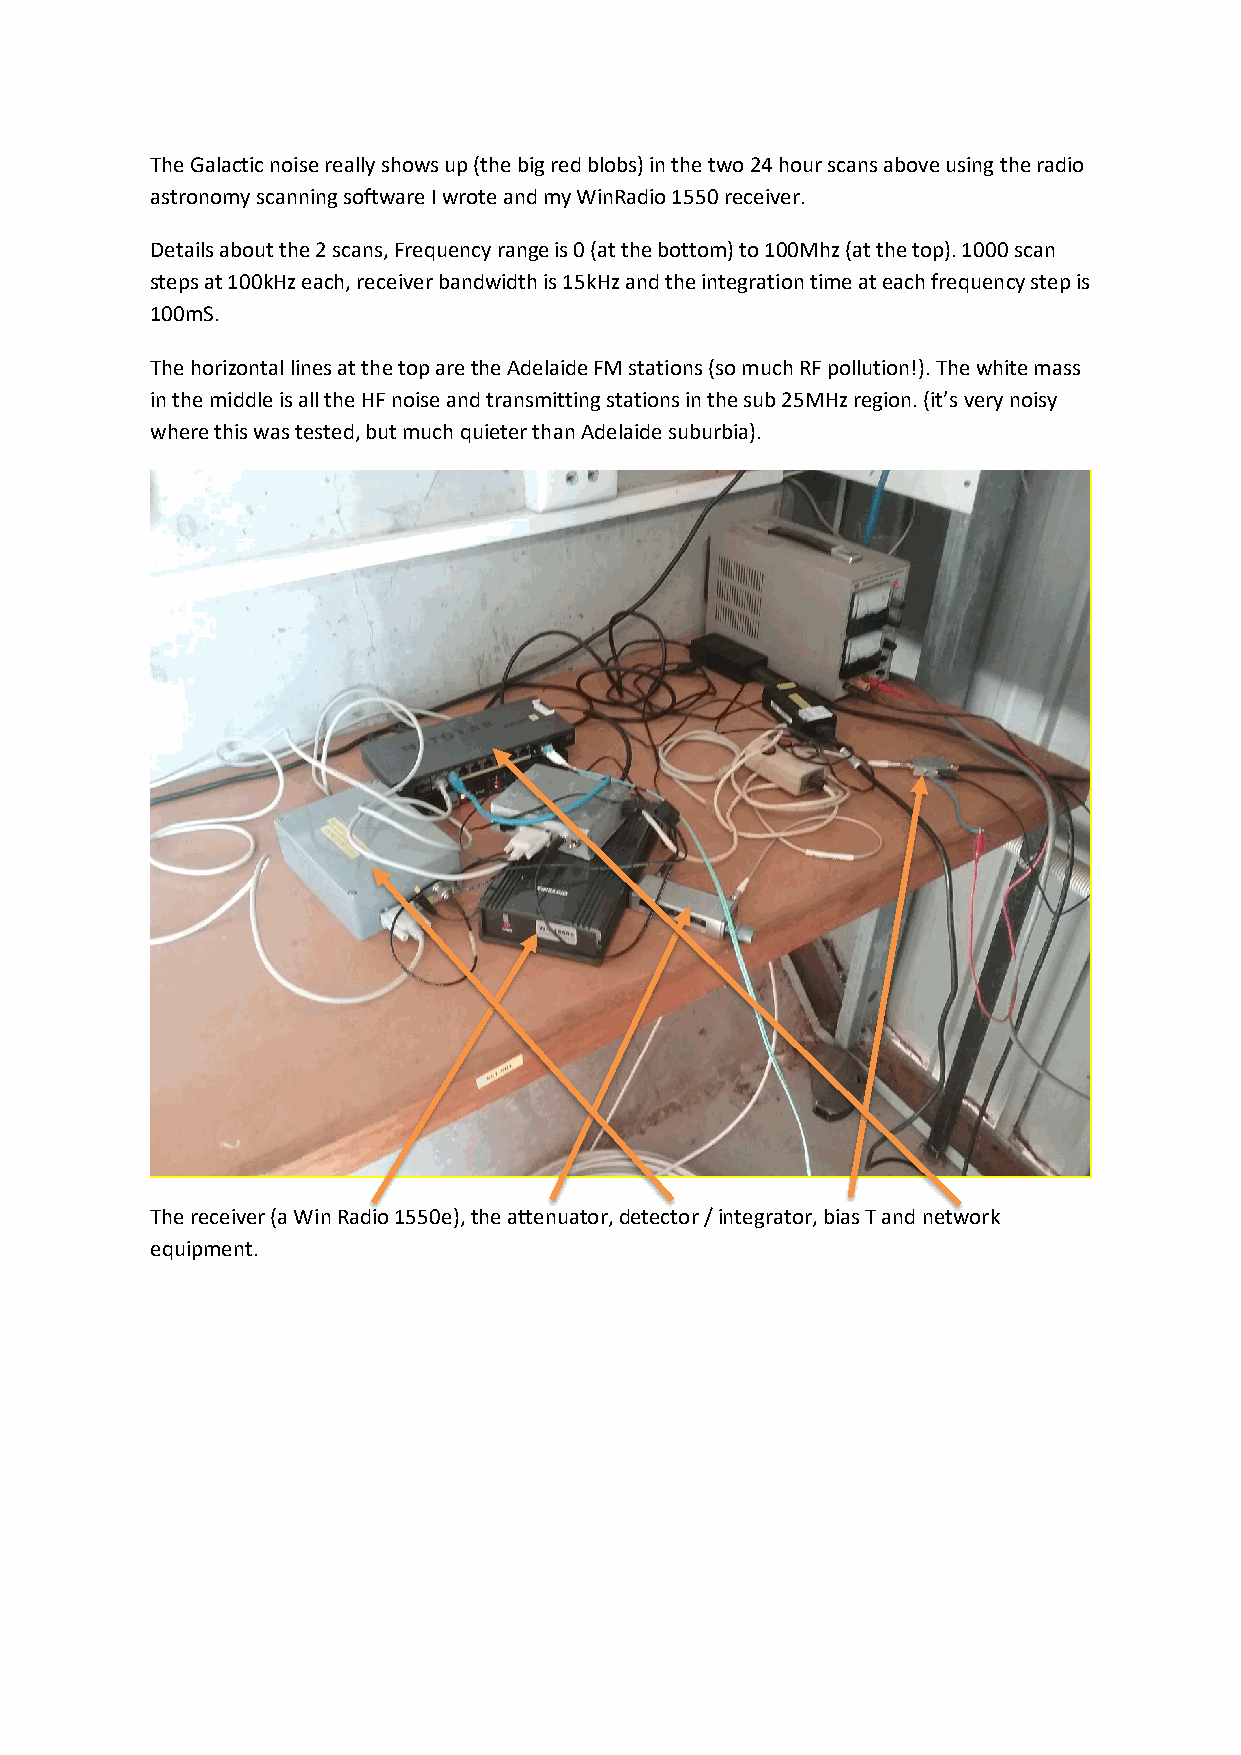
The Galactic noise really shows up (the big red blobs) in the two 24 hour scans above using the radio
 astronomy scanning software I wrote and my WinRadio 1550 receiver.
 Details about the 2 scans, Frequency range is 0 (at the bottom) to 100Mhz (at the top). 1000 scan
 steps at 100kHz each, receiver bandwidth is 15kHz and the integration time at each frequency step is
 100mS.
 The horizontal lines at the top are the Adelaide FM stations (so much RF pollution!). The white mass
 in the middle is all the HF noise and transmitting stations in the sub 25MHz region. (it’s very noisy
 where this was tested, but much quieter than Adelaide suburbia).
 The receiver (a Win Radio 1550e), the attenuator, detector / integrator, bias T and network
 equipment.